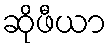
ဆိုဖီယာ